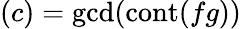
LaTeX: (c)=\operatorname*{gcd}(\operatorname{cont}(fg))